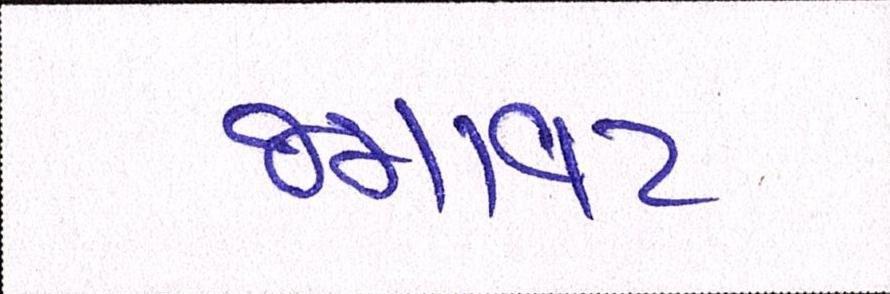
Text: જમાવટ